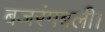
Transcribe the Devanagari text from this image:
बजरंगबली।